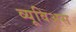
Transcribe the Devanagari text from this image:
व्यूविअस